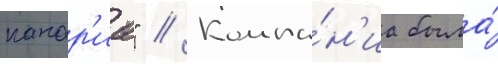
канар'иа" // Компа́н'иа была́